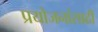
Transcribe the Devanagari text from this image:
प्रयोजनांसाठी